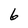
Character: 6